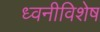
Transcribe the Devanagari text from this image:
ध्वनीविशेष